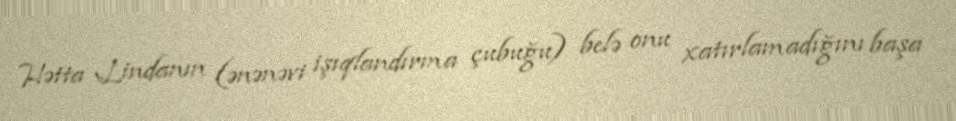
Hətta Lindanın (ənənəvi işıqlandırma çubuğu) belə onu xatırlamadığını başa